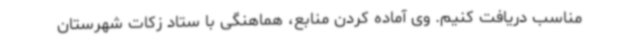
مناسب دریافت کنیم. وی آماده کردن منابع، هماهنگی با ستاد زکات شهرستان